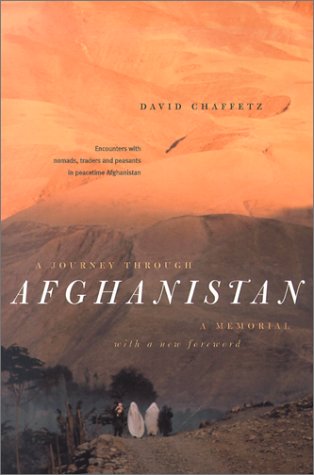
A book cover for A Journey through Afghanistan; David Chaffetz; Travel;